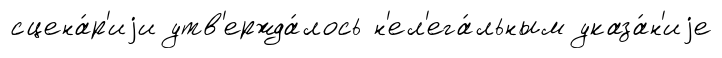
сцена́р'иjи утв'ержда́лось н'ел'ега́льным указа́н'иjе